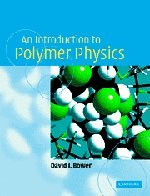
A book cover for An Introduction to Polymer Physics; David I. Bower; Science & Math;